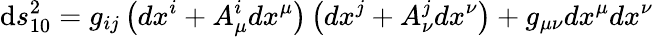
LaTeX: \mathrm{d}s_{10}^{2}=g_{ij}\left(dx^{i}+A_{\mu}^{i}dx^{\mu}\right)\left(dx^{j}+A_{\nu}^{j}dx^{\nu}\right)+g_{\mu\nu}dx^{\mu}dx^{\nu}